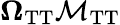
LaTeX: \mathbf{\Omega}_{\mathrm{TT}}\mathbf{\mathcal{M}}_{\mathrm{TT}}